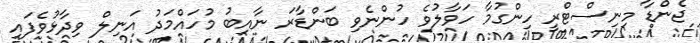
ޖެންޑާ މިނިސްޓްރީ ހިންގުމާ ހަވާލުވެ ހުންނެވި ބަންޑާރަ ނާއިބު މުހައްމަދު އަނިލް ވިދާޅުވެފައި